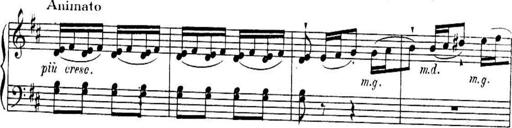
Title: Sonatines
Composer: Hedwige ChrÃ©tien